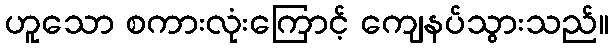
ဟူသော စကားလုံးကြောင့် ကျေနပ်သွားသည်။